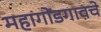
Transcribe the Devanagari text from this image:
महागोंडगावचे